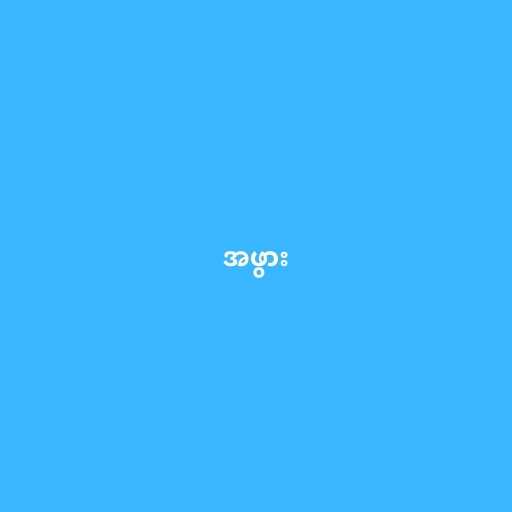
အဖွား